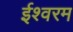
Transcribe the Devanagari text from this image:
ईश्वरम